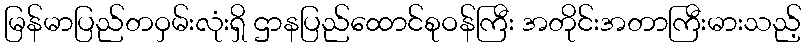
မြန်မာပြည်တဝှမ်းလုံးရှိ ဌာနပြည်ထောင်စုဝန်ကြီး အတိုင်းအတာကြီးမားသည့်